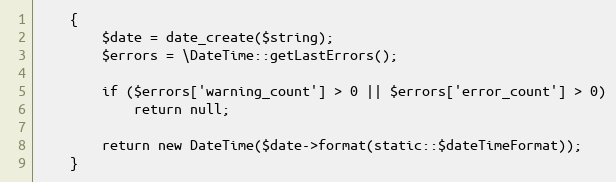
Language: PHP
	{
		$date = date_create($string);
		$errors = \DateTime::getLastErrors();

		if ($errors['warning_count'] > 0 || $errors['error_count'] > 0)
			return null;

		return new DateTime($date->format(static::$dateTimeFormat));
	}